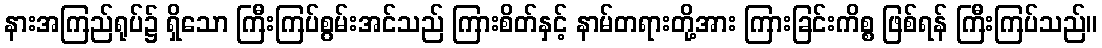
နားအကြည်ရုပ်၌ ရှိသော ကြီးကြပ်စွမ်းအင်သည် ကြားစိတ်နှင့် နာမ်တရားတို့အား ကြားခြင်းကိစ္စ ဖြစ်ရန် ကြီးကြပ်သည်။